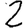
Digit: 2